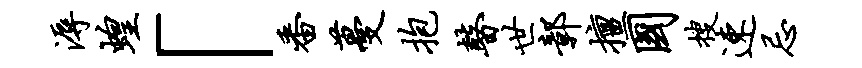
溽蝗「番蔓抱瞽世鄣擅国搜速忌